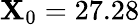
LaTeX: \mathbf{X}_{0}=27.28